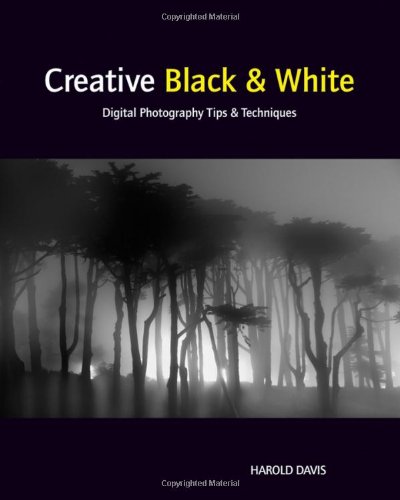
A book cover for Creative Black and White: Digital Photography Tips and Techniques; Harold Davis; Arts & Photography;